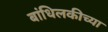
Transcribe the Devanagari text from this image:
बांधिलकीच्या